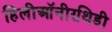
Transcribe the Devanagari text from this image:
हिलीऑनीरथिडी